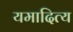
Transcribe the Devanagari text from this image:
यमादित्य